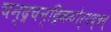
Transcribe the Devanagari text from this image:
चन्द्रचन्द्रिकयोर्यद्वद्